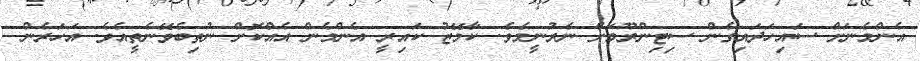
އެންމެނަށް ސައިހަދައިގެން ސިޓިންރޫމަށް ނެރުނީމެވެ. ކާމޭޒު ކައިރީ އެންމެން އެއްކޮށް ނުތިބެވޭނެތީއެވެ. އަހަރެން